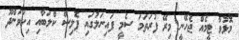
މޮޅުވާ ޓީމެއް ޖެހޭނީ މިރޭ ފުރަތަމަ ސެމީ ފައިނަލުގައި ޕޮލިސް ކްލަބާއި އިހަވަންދޫ